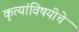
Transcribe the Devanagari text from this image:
कृत्यांविषयीचे